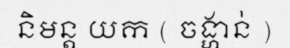
និមន្ត យក ( ចង្ហាន់ )